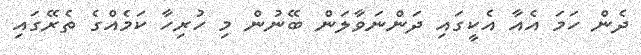
ދެން ހަމަ އެއާ އެކީގައި ދަންނަވާލަން ބޭނުން މި ހުރިހާ ކަމެއްގެ ތެރޭގައި